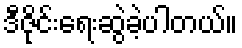
ဒီဇိုင်းရေးဆွဲခဲ့ပါတယ်။